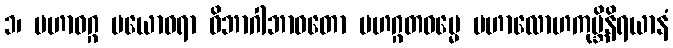
၁၊ မဟာဝဂ္ဂ ပယောဓရာ ဝိဘာဂါဘာဝတော မဟဂ္ဂတဓမ္မေ မဟာလောဟကုမ္ဘိနိရယာနံ